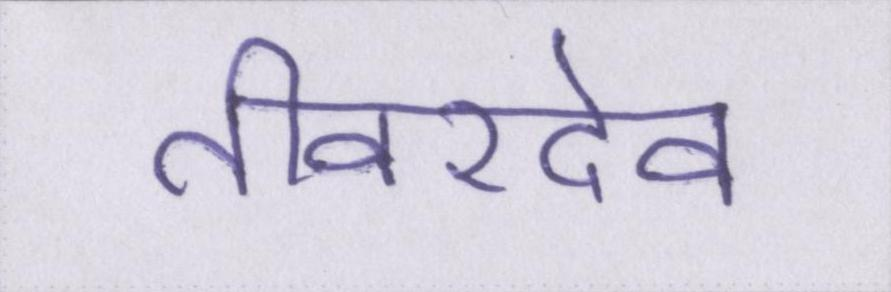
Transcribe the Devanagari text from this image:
तीवरदेव